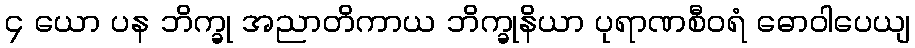
၄ ယော ပန ဘိက္ခု အညာတိကာယ ဘိက္ခုနိယာ ပုရာဏစီဝရံ ဓောဝါပေယျ